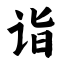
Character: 诣